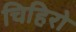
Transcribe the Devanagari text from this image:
चिहिरो